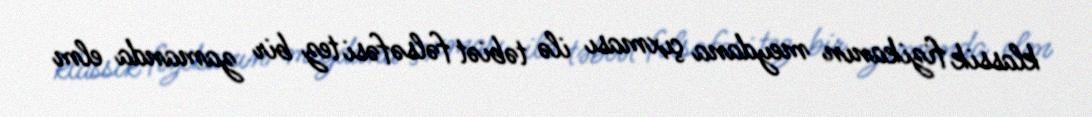
klassik fizikanın meydana çıxması ilə təbiət fəlsəfəsi tez bir zamanda elm